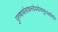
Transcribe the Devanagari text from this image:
पुरुषार्थसाधनदेवयोग्यमुत्पन्नमिति